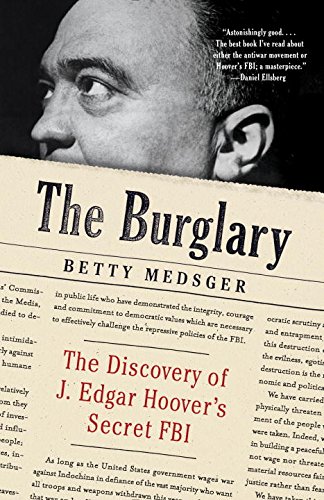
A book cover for The Burglary: The Discovery of J. Edgar Hoover's Secret FBI; Betty L. Medsger; Law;